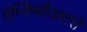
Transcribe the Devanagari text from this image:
ऐम्फिथीअटरों